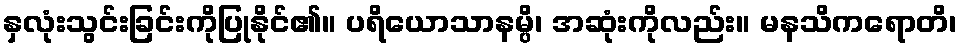
နှလုံးသွင်းခြင်းကိုပြုနိုင်၏။ ပရိယောသာနမ္ပိ၊ အဆုံးကိုလည်း။ မနသိကရောတိ၊